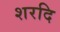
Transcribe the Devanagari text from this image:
शरदि